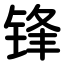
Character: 锋